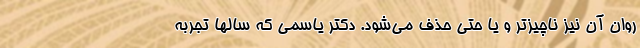
روان آن نیز ناچیزتر و یا حتی حذف می‌شود. دکتر یاسمی که سالها تجربه